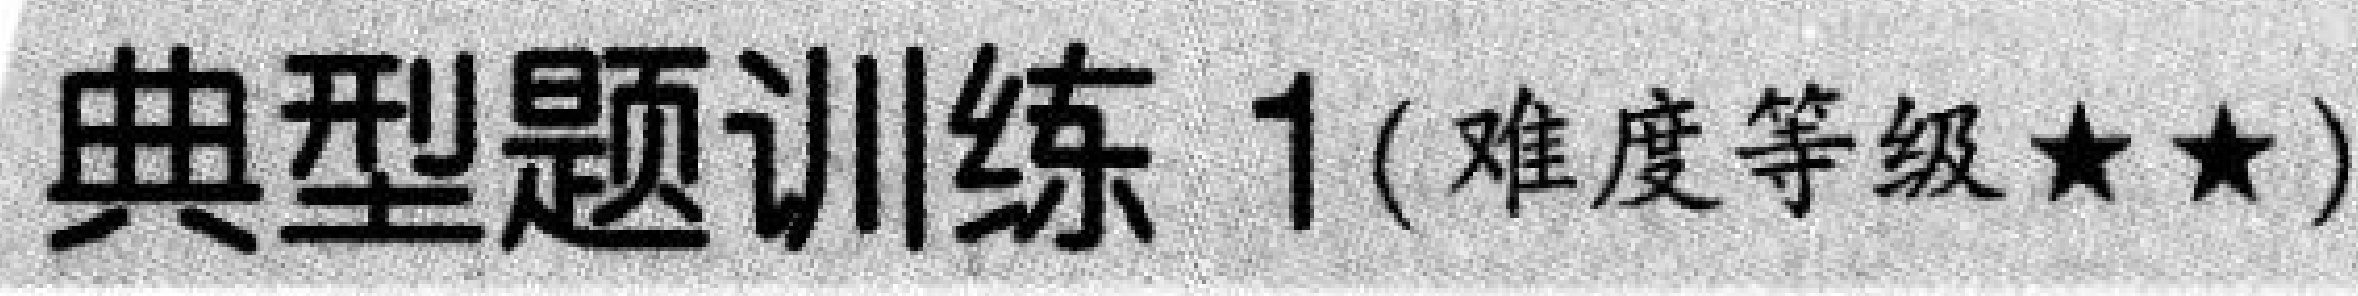
典型题训练 1 (难度等级★★)